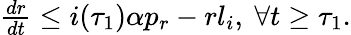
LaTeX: \begin{array}{r}{\frac{dr}{dt}\leq i(\tau_{1})\alpha p_{r}-rl_{i},\ \forall t\geq\tau_{1}.}\end{array}